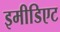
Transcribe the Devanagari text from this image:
इमीडिएट